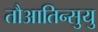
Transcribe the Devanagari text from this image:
तौआतिन्सुयु